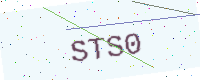
Text: STS0